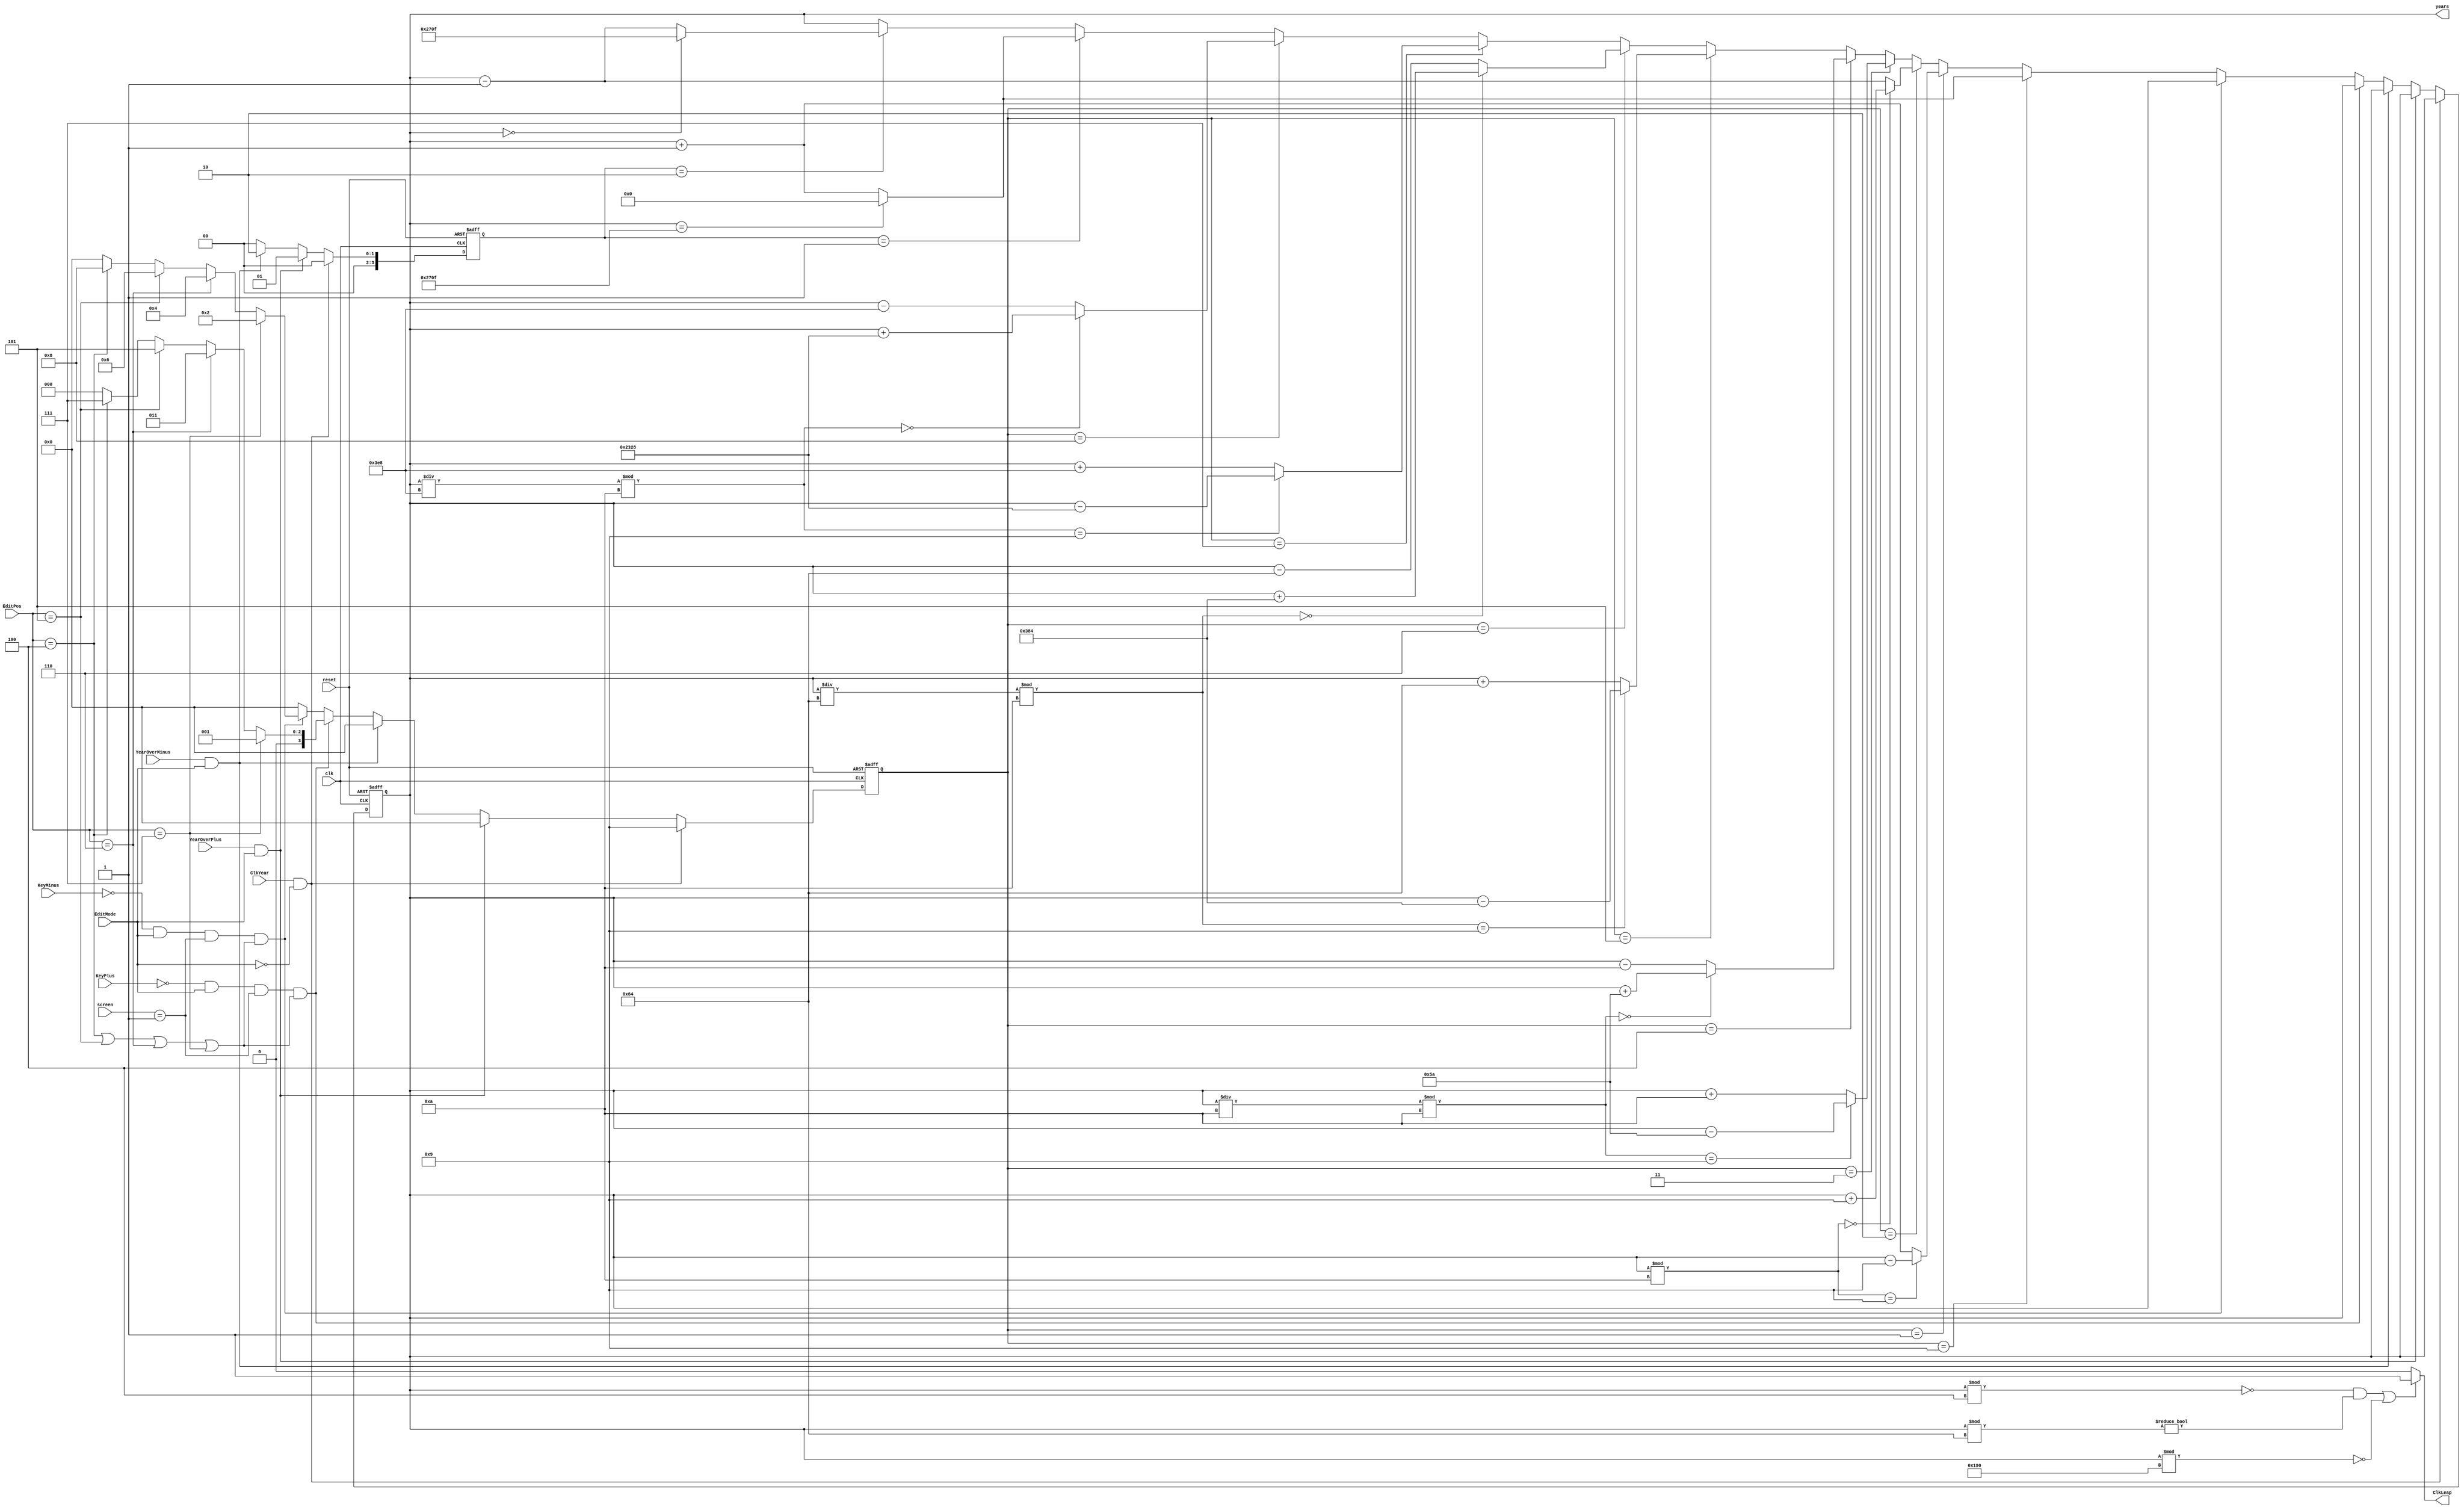
/** Years Manager
 * 
 * Input: EditPos, reset, screen, YearOverPlus, YearOverMinus,
 *        ClkYear, clk, KeyPlus, KeyMinus
 * Output: years, ClkLeap
 * 
 * Dependence: none
 * 
 * Function: Manage years of project
 * 
 * Description Input, Output:
 * 
 * - years: perform years of project
 * - ClkLeap: the clock perform the year is leap or not, it is leap when high
 * - ClkYear: the clock for years counter
 * - clk: the main clock for flip-flop
 * - KeyPlus, KeyMinus: plus, minus 1 unit of current position when in Edit Mode
 * - reset: to reset the project
 * - EditPos: the current position of hex. This is opposite with hex which is 0 in the leftmost while it is 7
 * - EditMode: perform Edit Mode which is high or low
 * - screen: perform the current screen
 * - YearOverPlus, YearOverMinus: the signal to plus, minus year when in Time Zone Mode
 */
module YearCounter(years, ClkLeap,
						ClkYear, clk, KeyPlus, KeyMinus, reset,
						EditPos, EditMode, screen, YearOverPlus, YearOverMinus);
	output reg[14:0] years;
	output ClkLeap;
	input [2:0] EditPos;
	input clk, ClkYear,
			KeyPlus, KeyMinus, reset,
			EditMode, YearOverPlus, YearOverMinus;
	input [1:0] screen;
	
	reg [3:0] mode, mode2;
	
	assign ClkLeap = ((years % 4 == 0 && years % 100 != 0) || years % 400 == 0)? 1'b1: 1'b0; // Detech Leap Year
	
	always @(posedge clk, negedge reset) begin
		if(~reset) begin
			years <= 2019;
			mode <= 0;
			mode2 <= 0;
		end
		else if(ClkYear && EditMode == 0) begin
			mode2 <= 0;
			mode <= 9;
		end
		else if(YearOverPlus && EditMode == 1) begin
			mode <= 0;
			mode2 <= 1;
		end
		else if(YearOverMinus && EditMode == 1) begin
			mode <= 0;
			mode2 <= 2;
		end
		else if(~KeyPlus && EditMode == 1 && screen == 1 && (EditPos == 4 || EditPos == 5 || EditPos == 6 || EditPos == 7)) begin
			mode2 <= 0;
			if (EditPos == 7) mode <= 1;
			else if (EditPos == 6) mode <= 3;
			else if (EditPos == 5) mode <= 5;
			else if (EditPos == 4) mode <= 7;
			else mode <= 0;
		end
		else if(~KeyMinus && EditMode == 1 && screen == 1 && (EditPos == 4 || EditPos == 5 || EditPos == 6 || EditPos == 7)) begin
			mode2 <= 0;
			if (EditPos == 7) mode <= 2;
			else if (EditPos == 6) mode <= 4;
			else if (EditPos == 5) mode <= 6;
			else if (EditPos == 4) mode <= 8;
			else mode <= 0;
		end
		else begin
			mode <= 0;
			mode2 <= 0;
			years <= mode == 9? (years == 9999? 15'd0: years + 15'd1):
						mode == 1? (years % 10 == 9? years - 15'd9: years + 15'd1):
						mode == 2? (years % 10 == 0? years + 15'd9: years - 15'd1):
						mode == 3? ((years / 10) % 10 == 9? years - 15'd90: years + 15'd10):
						mode == 4? ((years / 10) % 10 == 0? years + 15'd90: years - 15'd10):
						mode == 5? ((years / 100) % 10 == 9? years - 15'd900: years + 15'd100):
						mode == 6? ((years / 100) % 10 == 0? years + 15'd900: years - 15'd100):
						mode == 7? ((years / 1000) % 10 == 9? years - 15'd9000: years + 15'd1000):
						mode == 8? ((years / 1000) % 10 == 0? years + 15'd9000: years - 15'd1000):
						mode2 == 1? (years == 9999? 15'd0: years + 15'd1):
						mode2 == 2? (years == 0? 15'd9999: years - 15'd1):
						years;
		end
	end
	
endmodule